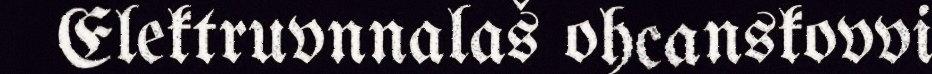
Elektruvnnalaš ohcanskovvi